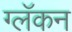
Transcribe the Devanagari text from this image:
ग्लॅकन